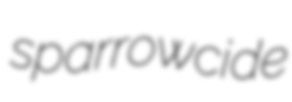
sparrowcide